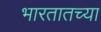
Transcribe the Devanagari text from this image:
भारतातच्या